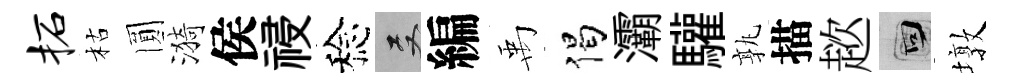
柘枯圎漪侯祲稔双編禹偈灞驩孰描趑回墩